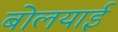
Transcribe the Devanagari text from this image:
बोलयाई